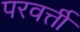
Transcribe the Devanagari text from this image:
परवर्त्ती